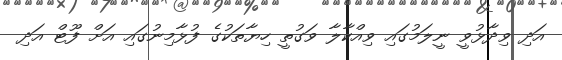
އަދި ވިދާޅުވީ ނީލަމުގައި ވިއްކާލާ ވަގުތީ ހިޔާތަކުގެ ފުޅާމިނުގައި އަށް ފޫޓް އަދި